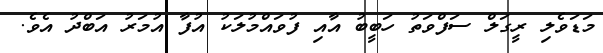
މަޑަވެލި ރީގަލް ސަފްވަތު ހަބީބު އާއި ފުވައްމުލަކު އުފާ އުމަރު އަބްދު އެވެ.